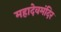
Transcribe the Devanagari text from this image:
महादेवमंदिर